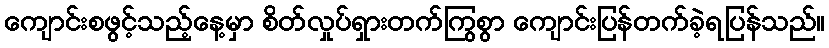
ကျောင်းစဖွင့်သည့်နေ့မှာ စိတ်လှုပ်ရှားတက်ကြွစွာ ကျောင်းပြန်တက်ခဲ့ရပြန်သည်။